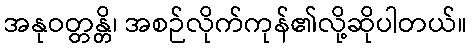
အနုဝတ္တန္တိ၊ အစဉ်လိုက်ကုန်၏လို့ဆိုပါတယ်။